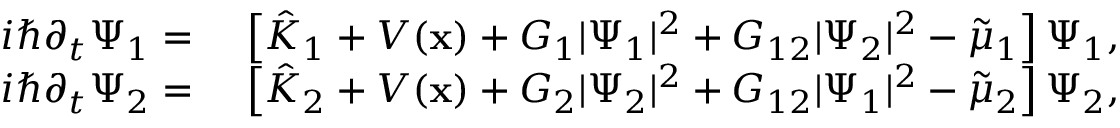
\begin{array} { r l } { i \hbar \partial _ { t } \Psi _ { 1 } = } & { \ \left[ { \hat { K } } _ { 1 } + V ( \mathbf { x } ) + G _ { 1 } | \Psi _ { 1 } | ^ { 2 } + G _ { 1 2 } | \Psi _ { 2 } | ^ { 2 } - { \tilde { \mu } _ { 1 } } \right] \Psi _ { 1 } , } \\ { i \hbar \partial _ { t } \Psi _ { 2 } = } & { \ \left[ { \hat { K } } _ { 2 } + V ( \mathbf { x } ) + G _ { 2 } | \Psi _ { 2 } | ^ { 2 } + G _ { 1 2 } | \Psi _ { 1 } | ^ { 2 } - { \tilde { \mu } _ { 2 } } \right] \Psi _ { 2 } , } \end{array}